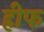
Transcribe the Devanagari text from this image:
हीफ